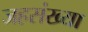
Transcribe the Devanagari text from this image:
जहसंख्या